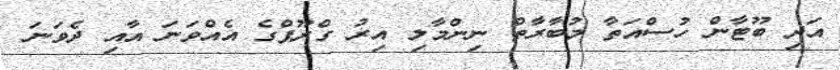
އަދި ބޫޓާން ހުސްއަތާ މުބާރާތް ނިންމާލި އިރު ގްރޫޕްގެ އެއްވަނަ އާއި ދެވަނަ